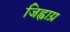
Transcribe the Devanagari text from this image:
जिह्वाग्र